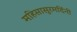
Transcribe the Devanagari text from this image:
महिसासुरमर्दिनी